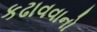
કઢાવવાનો